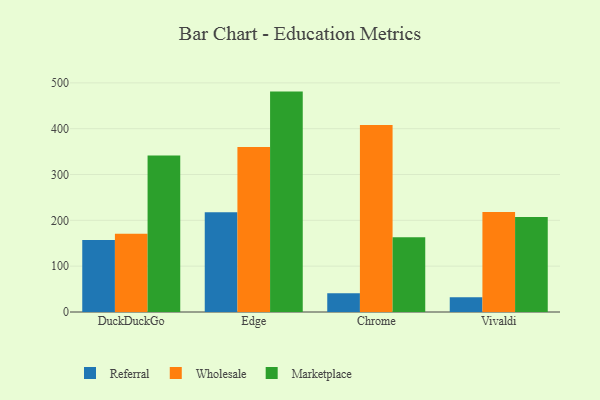
{"axis": {"x": "Browser", "y": "Energy Usage (MWh)"}, "legend": ["Marketplace", "Referral", "Wholesale"], "data": [{"x": "DuckDuckGo", "y": 156.9, "type": "Referral"}, {"x": "DuckDuckGo", "y": 171.0, "type": "Wholesale"}, {"x": "DuckDuckGo", "y": 341.6, "type": "Marketplace"}, {"x": "Edge", "y": 217.8, "type": "Referral"}, {"x": "Edge", "y": 360.1, "type": "Wholesale"}, {"x": "Edge", "y": 480.9, "type": "Marketplace"}, {"x": "Chrome", "y": 41.0, "type": "Referral"}, {"x": "Chrome", "y": 407.9, "type": "Wholesale"}, {"x": "Chrome", "y": 163.3, "type": "Marketplace"}, {"x": "Vivaldi", "y": 32.1, "type": "Referral"}, {"x": "Vivaldi", "y": 218.2, "type": "Wholesale"}, {"x": "Vivaldi", "y": 207.1, "type": "Marketplace"}]}